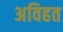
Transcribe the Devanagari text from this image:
अविहत